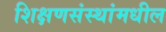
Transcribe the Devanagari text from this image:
शिक्षणसंस्थांमधील